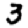
Digit: 3